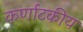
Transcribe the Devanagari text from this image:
कर्णाटकीय